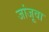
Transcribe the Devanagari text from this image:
जांजूवा